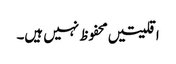
اقلیتیں محفوظ نہیں ہیں۔